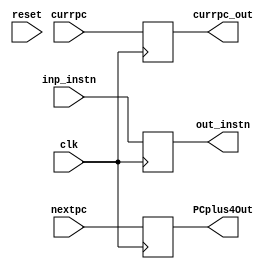
module IF_ID_reg(currpc, nextpc ,inp_instn ,out_instn ,clk ,PCplus4Out, currpc_out, reset);

  input wire [31:0] inp_instn,nextpc, currpc;
  input clk, reset;
  reg flag_if_id;
  output reg [31:0] out_instn, PCplus4Out, currpc_out;

  always @(posedge reset)
    begin
      flag_if_id = 1'b1;
    end
  always @(posedge clk)
    begin
        out_instn <= inp_instn;
        PCplus4Out <= nextpc;
        currpc_out <= currpc;
    end

endmodule